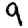
Digit: 9